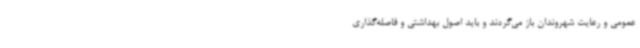
عمومی و رعایت شهروندان باز می‌گردند و باید اصول بهداشتی و فاصله‌گذاری